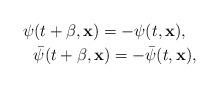
LaTeX: \begin{align*}\psi(t+\beta,{\bf x})=-\psi(t,{\bf x}),\ \ \\ \ \ \ \bar\psi(t+\beta,{\bf x})=-\bar\psi(t,{\bf x}),\end{align*}